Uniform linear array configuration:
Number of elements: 64
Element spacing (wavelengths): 0.5
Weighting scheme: uniform
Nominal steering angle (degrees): -30
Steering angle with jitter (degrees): -31.836
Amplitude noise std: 0.05
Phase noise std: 0.05

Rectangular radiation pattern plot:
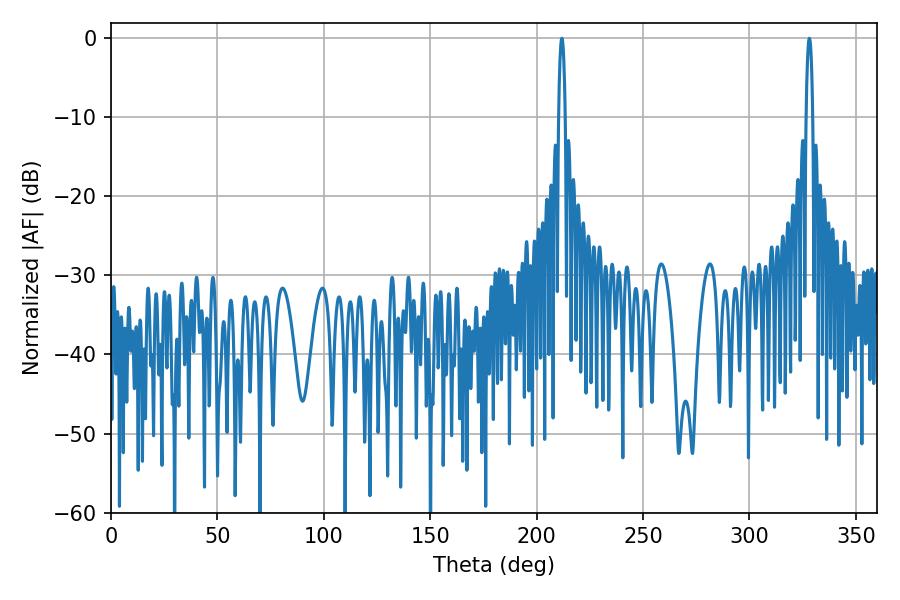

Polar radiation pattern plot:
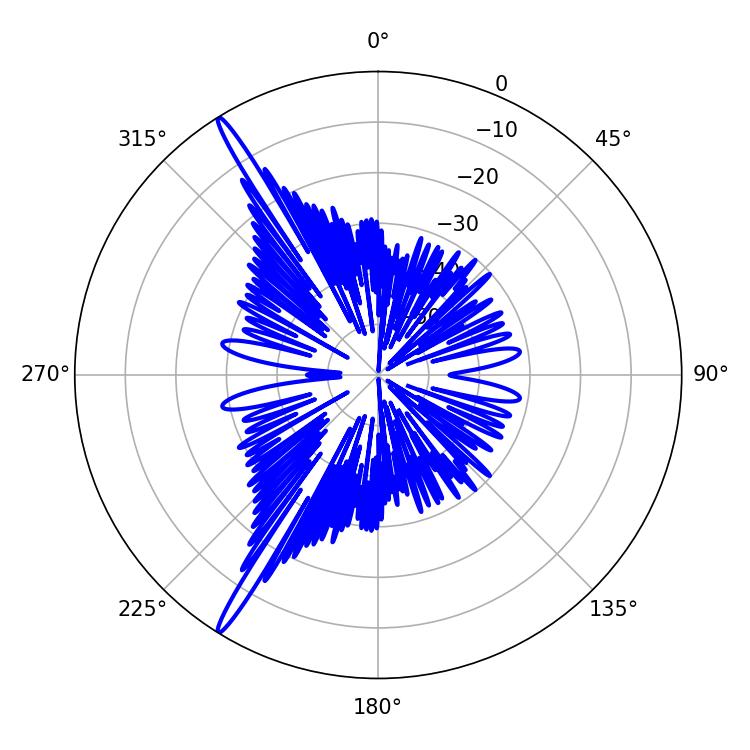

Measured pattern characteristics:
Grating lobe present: FALSE
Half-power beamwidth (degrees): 1.8
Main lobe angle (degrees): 211.86